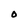
Character: O